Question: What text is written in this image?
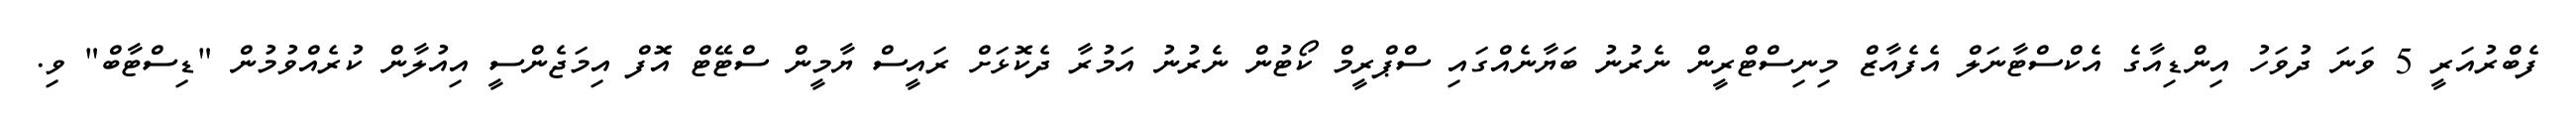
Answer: ފެބްރުއަރީ 5 ވަނަ ދުވަހު އިންޑިއާގެ އެކްސްޓާނަލް އެފެއާޒް މިނިސްޓްރީން ނެރުނު ބަޔާނެއްގައި ސްޕްރީމް ކޯޓުން ނެރުނު އަމުރާ ދެކޮޅަށް ރައީސް ޔާމީން ސްޓޭޓް އޮފް އިމަޖެންސީ އިއުލާން ކުރެއްވުމުން "ޑިސްޓާބް" ވި.